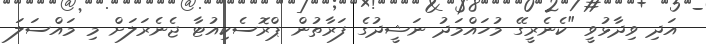
އަދި ވިދާޅުވީ "ކެނެރީގޭ މުހައްމަދު ނަޝީދުގެ ފަރާތުން ޕްރޮސެކިއުޓާ ޖެނެރަލަށް މި މައްސަލަ